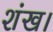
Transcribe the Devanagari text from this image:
शंख।